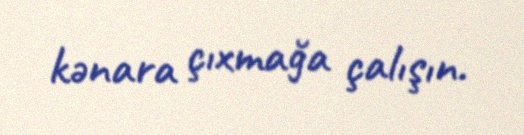
kənara çıxmağa çalışın.